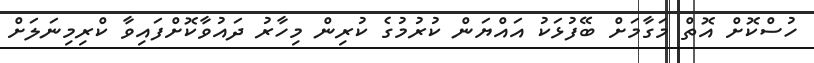
ހުސްކޮށް އޮތް މަގާމަށް ބޭފުޅަކު އައްޔަން ކުރުމުގެ ކުރިން މިހާރު ދައުވާކޮށްފައިވާ ކްރިމިނަލަށް